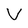
Character: V